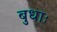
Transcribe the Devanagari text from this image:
बुधाः